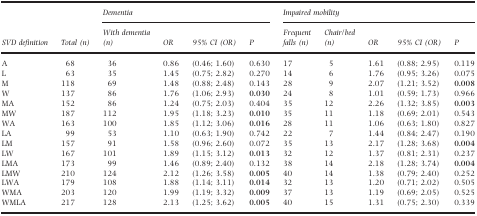
<table><thead><tr><td rowspan="2"><b>SVD definition</b></td><td rowspan="2"><b>Total (n)</b></td><td colspan="4"><b>Dementia</b></td><td colspan="5"><b>Impaired mobility</b></td></tr><tr><td><b>With dementia (n)</b></td><td><b>OR</b></td><td><b>95% CI (OR)</b></td><td><b><i>P</i></b></td><td><b>Frequent falls (n)</b></td><td><b>Chair/bed (n)</b></td><td><b>OR</b></td><td><b>95% CI (OR)</b></td><td><b><i>P</i></b></td></tr></thead><tbody><tr><td>A</td><td>68</td><td>36</td><td>0.86</td><td>(0.46; 1.60)</td><td>0.630</td><td>17</td><td>5</td><td>1.61</td><td>(0.88; 2.95)</td><td>0.119</td></tr><tr><td>L</td><td>63</td><td>35</td><td>1.45</td><td>(0.75; 2.82)</td><td>0.270</td><td>14</td><td>6</td><td>1.76</td><td>(0.95; 3.26)</td><td>0.075</td></tr><tr><td>M</td><td>118</td><td>69</td><td>1.48</td><td>(0.88; 2.48)</td><td>0.143</td><td>28</td><td>9</td><td>2.07</td><td>(1.21; 3.52)</td><td><b>0.008</b></td></tr><tr><td>W</td><td>137</td><td>86</td><td>1.76</td><td>(1.06; 2.93)</td><td><b>0.030</b></td><td>24</td><td>8</td><td>1.01</td><td>(0.59; 1.73)</td><td>0.966</td></tr><tr><td>MA</td><td>152</td><td>86</td><td>1.24</td><td>(0.75; 2.03)</td><td>0.404</td><td>35</td><td>12</td><td>2.26</td><td>(1.32; 3.85)</td><td><b>0.003</b></td></tr><tr><td>MW</td><td>187</td><td>112</td><td>1.95</td><td>(1.18; 3.23)</td><td><b>0.010</b></td><td>35</td><td>11</td><td>1.18</td><td>(0.69; 2.01)</td><td>0.543</td></tr><tr><td>WA</td><td>163</td><td>100</td><td>1.85</td><td>(1.12; 3.06)</td><td><b>0.016</b></td><td>28</td><td>11</td><td>1.06</td><td>(0.63; 1.80)</td><td>0.827</td></tr><tr><td>LA</td><td>99</td><td>53</td><td>1.10</td><td>(0.63; 1.90)</td><td>0.742</td><td>22</td><td>7</td><td>1.44</td><td>(0.84; 2.47)</td><td>0.190</td></tr><tr><td>LM</td><td>157</td><td>91</td><td>1.58</td><td>(0.96; 2.60)</td><td>0.072</td><td>35</td><td>13</td><td>2.17</td><td>(1.28; 3.68)</td><td><b>0.004</b></td></tr><tr><td>LW</td><td>167</td><td>101</td><td>1.89</td><td>(1.15; 3.12)</td><td><b>0.013</b></td><td>32</td><td>12</td><td>1.37</td><td>(0.81; 2.31)</td><td>0.237</td></tr><tr><td>LMA</td><td>173</td><td>99</td><td>1.46</td><td>(0.89; 2.40)</td><td>0.132</td><td>38</td><td>14</td><td>2.18</td><td>(1.28; 3.74)</td><td><b>0.004</b></td></tr><tr><td>LMW</td><td>210</td><td>124</td><td>2.12</td><td>(1.26; 3.58)</td><td><b>0.005</b></td><td>40</td><td>14</td><td>1.38</td><td>(0.79; 2.40)</td><td>0.252</td></tr><tr><td>LWA</td><td>179</td><td>108</td><td>1.88</td><td>(1.14; 3.11)</td><td><b>0.014</b></td><td>32</td><td>13</td><td>1.20</td><td>(0.71; 2.02)</td><td>0.505</td></tr><tr><td>WMA</td><td>203</td><td>120</td><td>1.99</td><td>(1.19; 3.32)</td><td><b>0.009</b></td><td>37</td><td>13</td><td>1.19</td><td>(0.69; 2.05)</td><td>0.525</td></tr><tr><td>WMLA</td><td>217</td><td>128</td><td>2.13</td><td>(1.25; 3.62)</td><td><b>0.005</b></td><td>40</td><td>15</td><td>1.31</td><td>(0.75; 2.30)</td><td>0.339</td></tr></tbody></table>